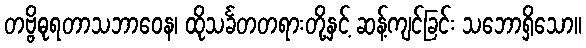
တဗ္ဗိဓုရတာသဘာဝေန၊ ထိုသင်္ခတတရားတို့နှင့် ဆန့်ကျင်ခြင်း သဘောရှိသော။